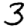
Digit: 3